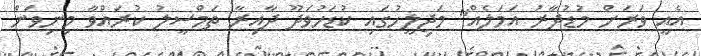
އެއީ ވަރަށް މުޑުދާރު އަމަލެއް" މަޖިލީހުގައި ކުޑަހުވަދޫ ދާއިރާ ތަމްސީލު ކުރައްވާ މިނިވަން